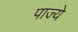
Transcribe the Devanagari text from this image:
पाज्ये